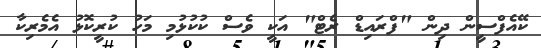
ކޭއެފްސީން ދިން "ފްރައިޑް ރެޓް" އަކީ ވެސް ކުކުޅުމި މަހު ކުރީކޮޅު އެމެރިކާ